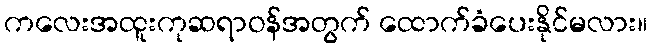
ကလေးအထူးကုဆရာဝန်အတွက် ထောက်ခံပေးနိုင်မလား။